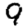
Digit: 9